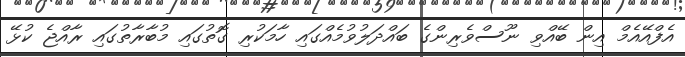
އެފްއޭއެމް އިން ބޭއްވި ނޫސްވެރިންގެ ބައްދަލުވުމެއްގައި ހާމަކުރި ގޮތުގައި މުބާރާތުގައި ރާއްޖެ ކުޅޭ